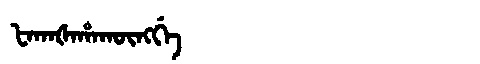
Manchu: ᡶᠠᡴᠠᡧᠠᡥᠠᡴᡡᠩᡤᡝ
Romanization: FAKAŠAHAKŪNGGE